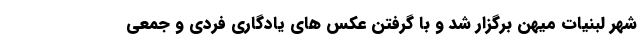
شهر لبنیات میهن برگزار شد و با گرفتن عکس های یادگاری فردی و جمعی